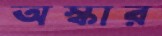
অস্কার